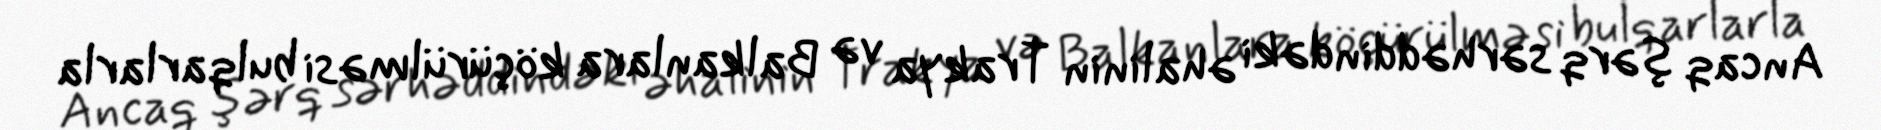
Ancaq şərq sərhəddindəki əhalinin Trakya və Balkanlara köçürülməsi bulqarlarla